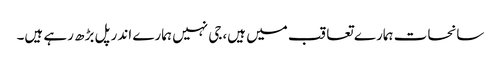
سانحات ہمارے تعاقب میں ہیں،جی نہیں ہمارے اندر پل بڑھ رہے ہیں۔